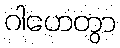
ဂါဟေတွာ